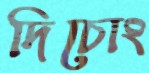
দিচোং